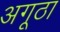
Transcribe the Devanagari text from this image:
अगूठा